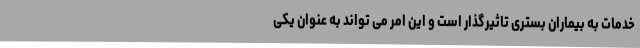
خدمات به بیماران بستری تاثیرگذار است و این امر می تواند به عنوان یکی